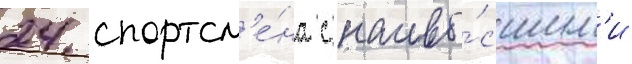
24 спортсм'е́на с наивы́сшим'и